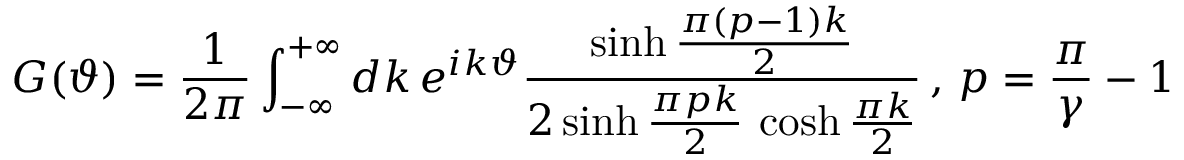
G ( \vartheta ) = \frac { 1 } { 2 \pi } \int _ { - \infty } ^ { + \infty } d k \, e ^ { i k \vartheta } \frac { \sinh \frac { \pi ( p - 1 ) k } { 2 } } { 2 \sinh \frac { \pi p k } { 2 } \, \cosh \frac { \pi k } { 2 } } \, , \, p = \frac { \pi } { \gamma } - 1